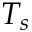
T _ { s }